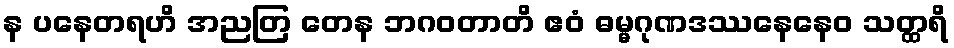
န ပနေတရဟိ အညတြ တေန ဘဂဝတာတိ ဧဝံ ဓမ္မဂုဏဒဿနေနေဝ သတ္ထရိ